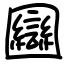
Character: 圝